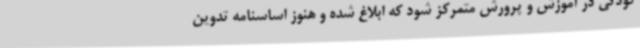
کودکی در آموزش و پرورش متمرکز شود که ابلاغ شده و هنوز اساسنامه تدوین